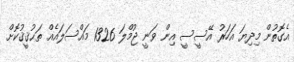
އެގޮތުން މިދިޔަ އަހަރު އޭސީސީ އިން ވަނީ ޖުމްލަ 1326 މައްސަލައެއް ތަޙުޤީޤުކޮށް